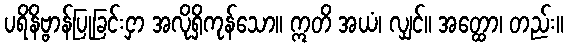
ပရိနိဗ္ဗာန်ပြုခြင်းငှာ အလိုရှိကုန်သော။ ဣတိ အယံ၊ လျှင်။ အတ္ထော၊ တည်း။